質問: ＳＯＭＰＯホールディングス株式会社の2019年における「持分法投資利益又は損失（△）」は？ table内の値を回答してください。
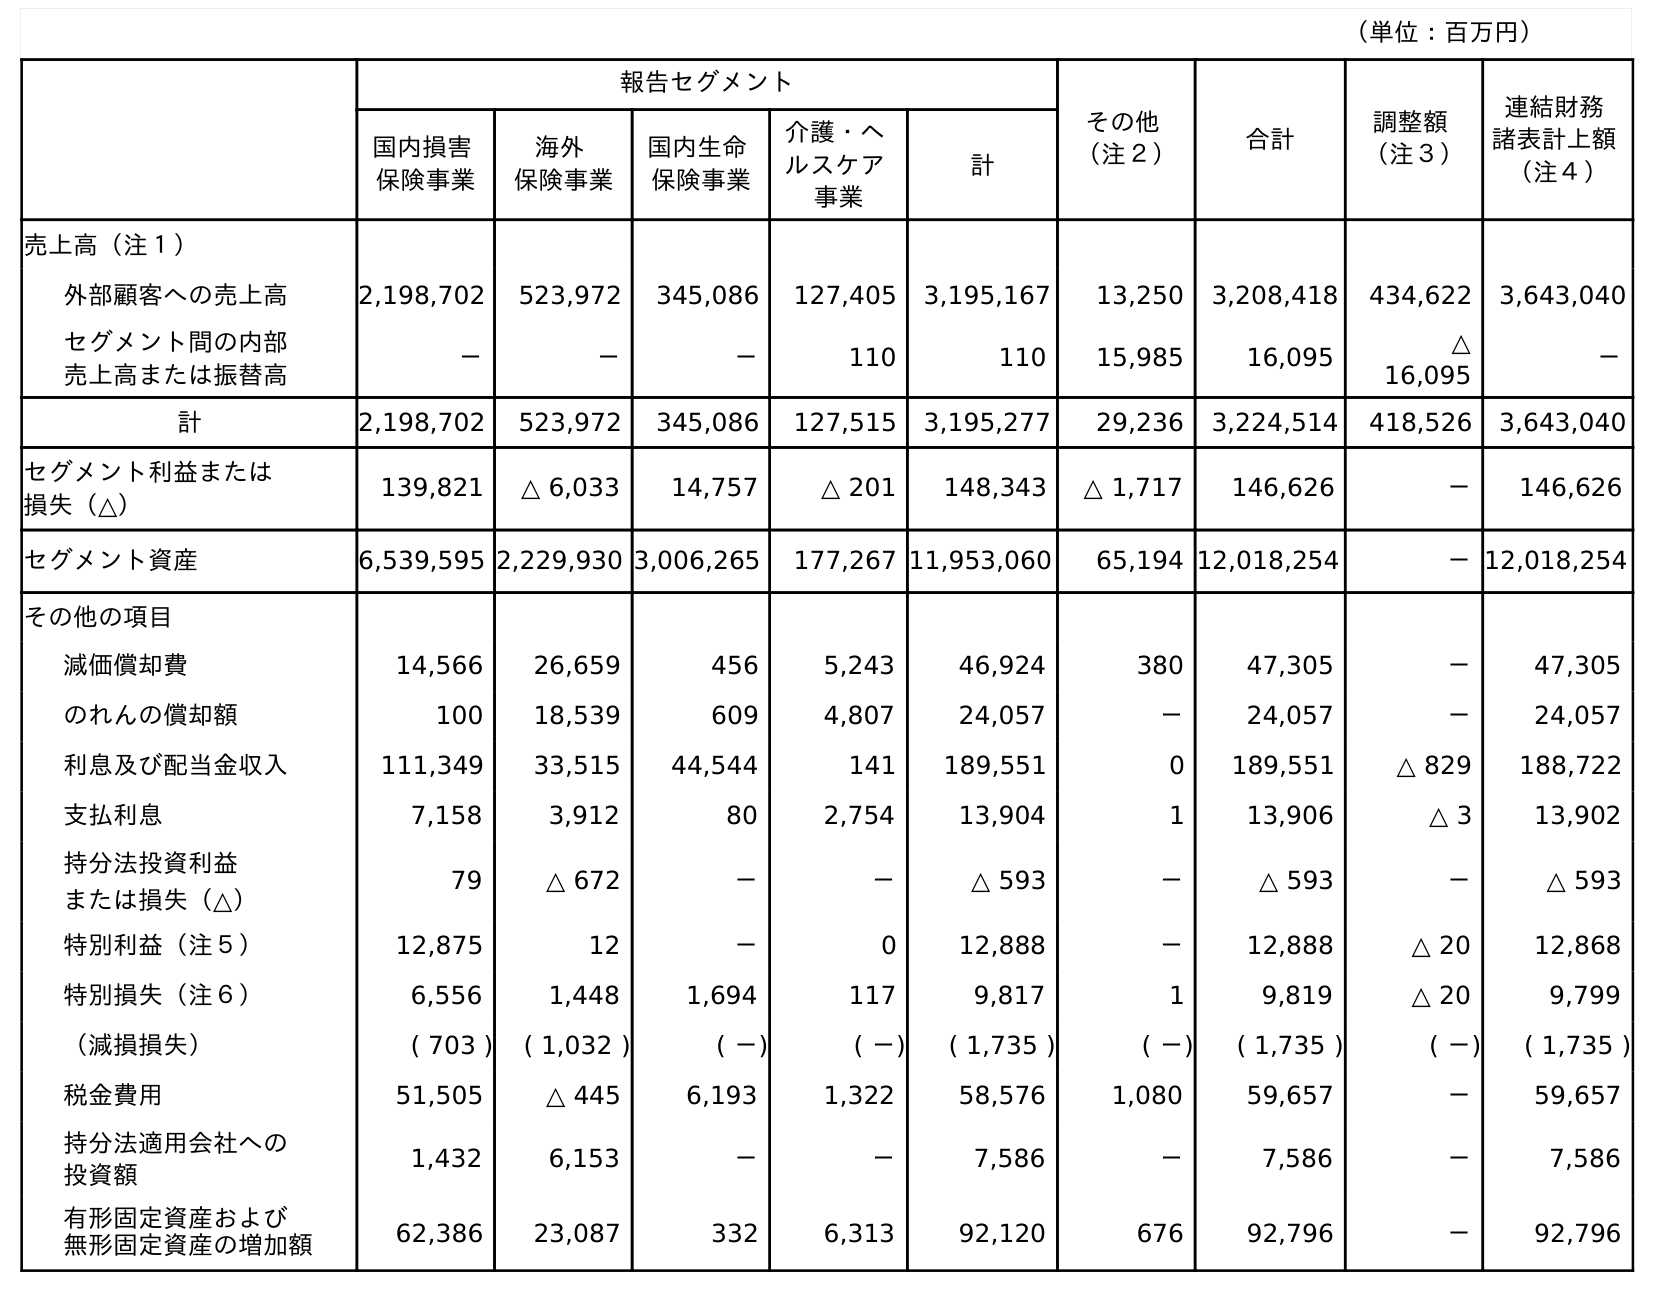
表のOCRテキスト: （単位：百万円） 報告セグメント その他 （注２） 合計 調整額 （注３） 連結財務 諸表計上額 （注４） 国内損害 保険事業 海外 保険事業 国内生命 保険事業 介護・ヘ ルスケア 事業 計 売上高（注１） 外部顧客への売上高 2,198,702 523,972 345,086 127,405 3,195,167 13,250 3,208,418 434,622 3,643,040 セグメント間の内部 売上高または振替高 － － － 110 110 15,985 16,095 △ 16,095 － 計 2,198,702 523,972 345,086 127,515 3,195,277 29,236 3,224,514 418,526 3,643,040 セグメント利益または 損失（△） 139,821 △ 6,033 14,757 △ 201 148,343 △ 1,717 146,626 － 146,626 セグメント資産 6,539,595 2,229,930 3,006,265 177,267 11,953,060 65,194 12,018,254 －12,018,254 その他の項目 減価償却費 14,566 26,659 456 5,243 46,924 380 47,305 － 47,305 のれんの償却額 100 18,539 609 4,807 24,057 － 24,057 － 24,057 利息及び配当金収入 111,349 33,515 44,544 141 189,551 0 189,551 △ 829 188,722 支払利息 7,158 3,912 80 2,754 13,904 1 13,906 △ 3 13,902 持分法投資利益 または損失（△） 79 △ 672 － － △ 593 － △ 593 － △ 593 特別利益（注５） 12,875 12 － 0 12,888 － 12,888 △ 20 12,868 特別損失（注６） 6,556 1,448 1,694 117 9,817 1 9,819 △ 20 9,799 （減損損失） ( 703 ) ( 1,032 ) ( －) ( －) ( 1,735 ) ( －) ( 1,735 ) ( －) ( 1,735 ) 税金費用 51,505 △ 445 6,193 1,322 58,576 1,080 59,657 － 59,657 持分法適用会社への 投資額 1,432 6,153 － － 7,586 － 7,586 － 7,586 有形固定資産および 無形固定資産の増加額 62,386 23,087 332 6,313 92,120 676 92,796 － 92,796
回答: △593